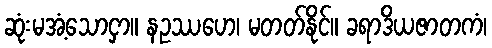
ဆုံးမအံ့သောငှာ။ နဥဿဟေ၊ မတတ်နိုင်။ ခရာဒိယဇာတကံ၊